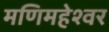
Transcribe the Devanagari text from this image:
मणिमहेश्‍वर